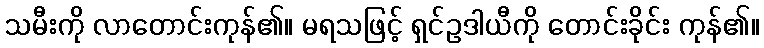
သမီးကို လာတောင်းကုန်၏။ မရသဖြင့် ရှင်ဥဒါယီကို တောင်းခိုင်း ကုန်၏။